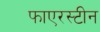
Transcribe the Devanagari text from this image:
फाएरस्टीन